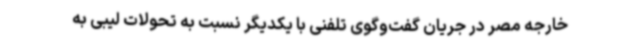
خارجه مصر در جریان گفت‌وگوی تلفنی با یکدیگر نسبت به تحولات لیبی به